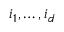
i _ { 1 } , \ldots , i _ { d }